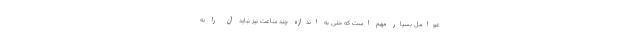
عوامل بسیار مهم است که حتی به اندازهٔ چند ساعت نیز نباید آن را به